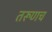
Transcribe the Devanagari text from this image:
तरूणच